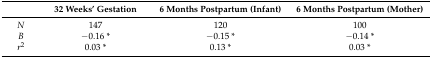
<table><thead><tr><td></td><td><b>32 Weeks’ Gestation</b></td><td><b>6 Months Postpartum (Infant)</b></td><td><b>6 Months Postpartum (Mother)</b></td></tr></thead><tbody><tr><td><i>N</i></td><td>147</td><td>120</td><td>100</td></tr><tr><td><i>B</i></td><td>−0.16 *</td><td>−0.15 *</td><td>−0.14 *</td></tr><tr><td><i>r</i><sup>2</sup></td><td>0.03 *</td><td>0.13 *</td><td>0.03 *</td></tr></tbody></table>